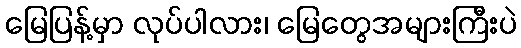
မြေပြန့်မှာ လုပ်ပါလား၊ မြေတွေအများကြီးပဲ